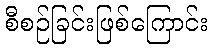
စီစဉ်ခြင်းဖြစ်ကြောင်း